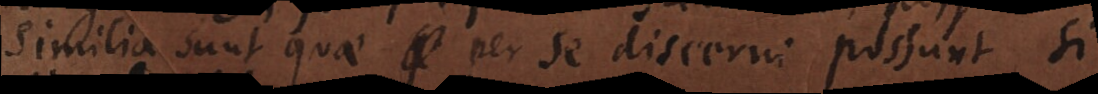
Similia sunt quae per se discerni possunt si